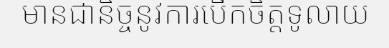
មានជានិច្ចនូវការបើកចិត្តទូលាយ